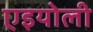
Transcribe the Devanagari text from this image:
एइयोली